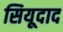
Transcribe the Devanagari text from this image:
सियूदाद